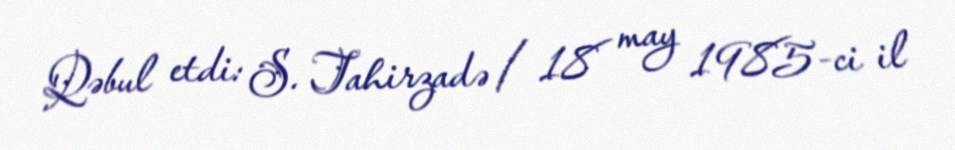
Qəbul etdi: S. Tahirzadə / 18 may 1985-ci il